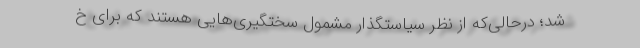
شد؛ درحالی‌که از نظر سیاستگذار مشمول سختگیری‌هایی هستند که برای خ